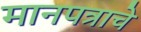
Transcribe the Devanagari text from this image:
मानपत्राचे